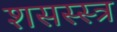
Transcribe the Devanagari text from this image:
शसस्स्त्र